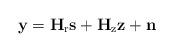
LaTeX: \begin{align*}\mathbf{y}=\mathbf{H}_\mathrm{r} \mathbf{s} + \mathbf{H}_\mathrm{z}\mathbf{ z} + \mathbf{n}\end{align*}